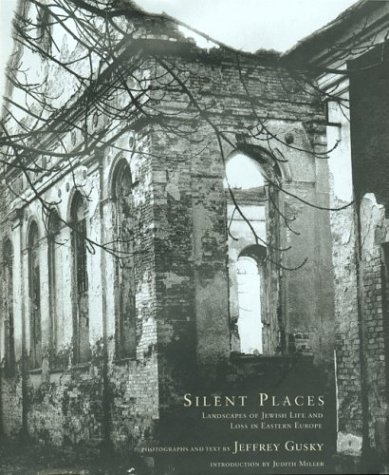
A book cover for Silent Places: Landscapes of Jewish Life and Loss in Eastern Europe; Jeff Gusky; Travel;